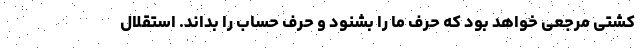
کشتی مرجعی خواهد بود که حرف ما را بشنود و حرف حساب را بداند. استقلال